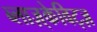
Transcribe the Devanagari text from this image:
ब्लाज़्केविट्ज़